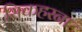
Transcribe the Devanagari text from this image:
सिकहरना